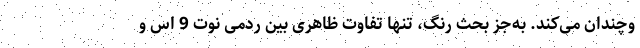
وچندان می‌کند. به‌جز بحث رنگ، تنها تفاوت ظاهری بین ردمی نوت 9 اس و